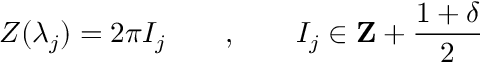
Z ( \lambda _ { j } ) = 2 \pi I _ { j } \qquad , \qquad I _ { j } \in \mathbf { Z } + \frac { 1 + \delta } { 2 }